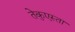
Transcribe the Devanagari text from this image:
तेकुएस्ता